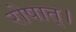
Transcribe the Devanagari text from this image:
रोषात्।